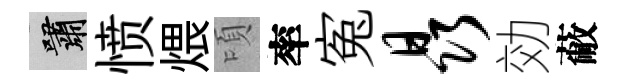
嘯愤煨頃率寃晶効蔽